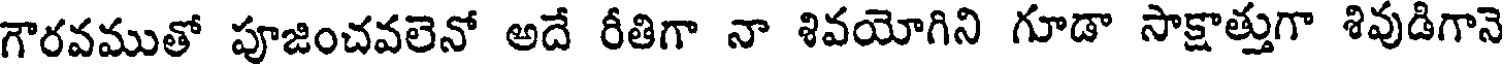
గౌరవముతో పూజించవలెనో అదే రీతిగా నా శివయోగిని గూడా సాక్షాత్తుగా శివుడిగానె